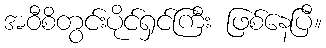
အဝီစိတွင်းပိုင်ရှင်ကြီး ဖြစ်နေပြီ။